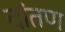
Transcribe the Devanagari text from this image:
दांतण